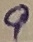
Text: 9